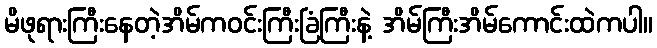
မိဖုရားကြီးနေတဲ့အိမ်ကဝင်းကြီးခြံကြီးနဲ့ အိမ်ကြီးအိမ်ကောင်းထဲကပါ။